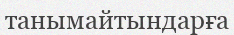
танымайтындарға